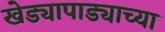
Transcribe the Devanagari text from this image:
खेड्यापाड्याच्या